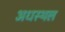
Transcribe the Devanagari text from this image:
अधस्थल